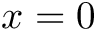
x = 0